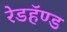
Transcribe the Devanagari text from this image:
रेडहॅण्ड